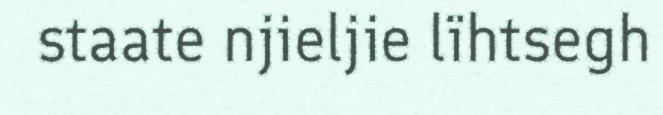
staate njieljie lïhtsegh